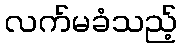
လက်မခံသည့်